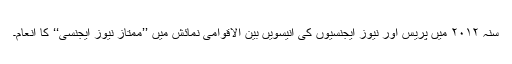
سنہ ۲۰۱۲ میں پریس اور نیوز ایجنسیوں کی انیسویں بین الاقوامی نمائش میں ’’ممتاز نیوز ایجنسی‘‘ کا انعام۔